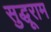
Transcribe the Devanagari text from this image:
सुद्धूराम